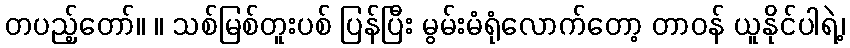
တပည့်တော်။ ။ သစ်မြစ်တူးပစ် ပြန်ပြီး မွမ်းမံရုံလောက်တော့ တာဝန် ယူနိုင်ပါရဲ့၊